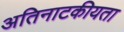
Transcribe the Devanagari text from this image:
अतिनाटकीयता